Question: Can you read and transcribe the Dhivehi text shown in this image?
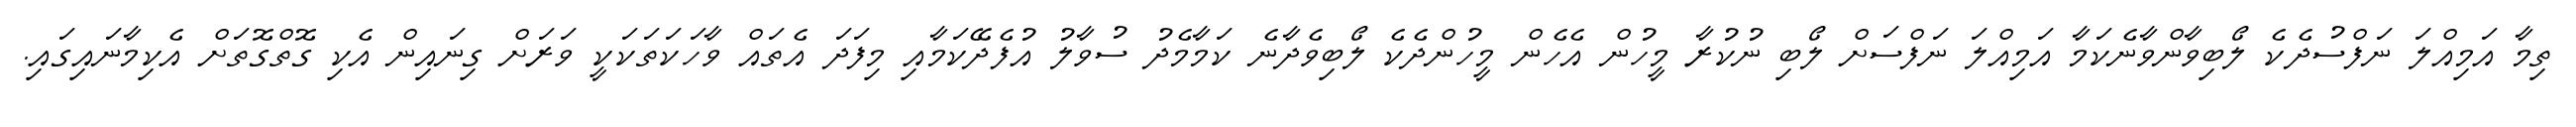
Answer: ތިމާ އަމިއްލަ ނަފްސުދެކެ ލޯބިވާންވާނެކަމާ އަމިއްލަ ނަފްސަށް ލޯބި ނުކުރާ މީހުން އެހެން މީހުންދެކެ ލޯބިވެދާނެ ކަމާމެދު ސުވާލު އުފެދޭކަމާއި މިފަދަ އެތައް ވާހަކަތަކަކީ ވަރަށް ގިނައިން އެކި ގޮތްގޮތަށް އެކިމާނައިގައި.